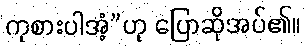
ကုစားပါအံ့”ဟု ပြောဆိုအပ်၏။